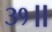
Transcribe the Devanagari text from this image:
३१॥